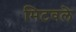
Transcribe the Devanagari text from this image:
मिटवले